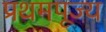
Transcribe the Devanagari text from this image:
प्रथमपूज्य